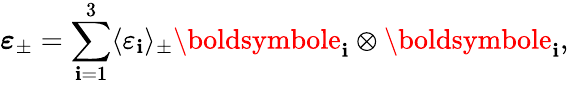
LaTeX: \boldsymbol\varepsilon_{\pm}=\sum_{\mathbf{i}=1}^{3}\langle\varepsilon_{\mathbf{i}}\rangle_{\pm}\boldsymbole_{\mathbf{i}}\otimes\boldsymbole_{\mathbf{i}},